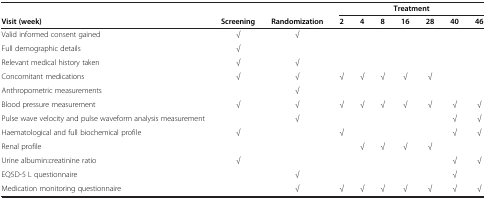
|  |  |  | <COLSPAN=7> Treatment |
 | Visit (week) | Screening | Randomization | 2 | 4 | 8 | 16 | 28 | 40 | 46 |
 | --- | --- | --- | --- | --- | --- | --- | --- | --- | --- |
 | Valid informed consent gained | √ | √ |  |  |  |  |  |  |  |
 | Full demographic details | √ |  |  |  |  |  |  |  |  |
 | Relevant medical history taken | √ | √ |  |  |  |  |  |  |  |
 | Concomitant medications | √ | √ | √ | √ | √ | √ | √ |  |  |
 | Anthropometric measurements |  | √ |  |  |  |  |  |  |  |
 | Blood pressure measurement | √ | √ | √ | √ | √ | √ | √ | √ | √ |
 | Pulse wave velocity and pulse waveform analysis measurement |  | √ |  |  |  |  |  | √ | √ |
 | Haematological and full biochemical profile | √ |  | √ |  |  |  |  | √ | √ |
 | Renal profile |  |  |  | √ | √ | √ | √ |  |  |
 | Urine albumin:creatinine ratio | √ |  |  |  |  |  |  | √ | √ |
 | EQ5D-5 L questionnaire |  | √ |  |  |  |  |  | √ |  |
 | Medication monitoring questionnaire |  | √ | √ | √ | √ | √ | √ | √ | √ |